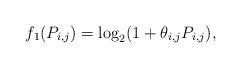
LaTeX: \begin{align*} f_{1} (P_{i,j} )=\log _{2} (1+\theta _{i,j} P_{i,j} ), \end{align*}